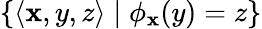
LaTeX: \lbrace\left\langle\mathbf{x},y,z\right\rangle\mid\phi_{\mathbf{x}}(y)=z\rbrace